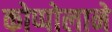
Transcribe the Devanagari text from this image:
कोप्पोलाने